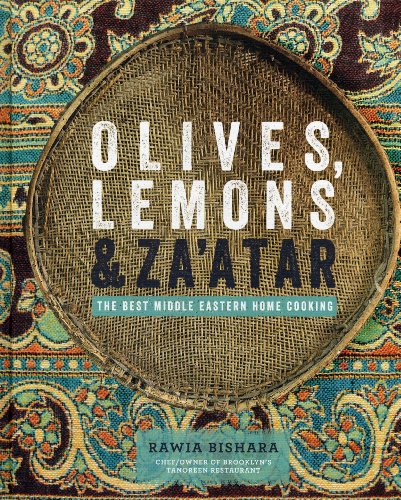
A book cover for Olives, Lemons & Za'atar: The Best Middle Eastern Home Cooking; Rawia Bishara; Cookbooks, Food & Wine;